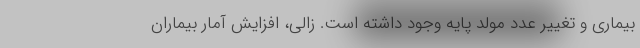
بیماری و تغییر عدد مولد پایه وجود داشته است. زالی، افزایش آمار بیماران